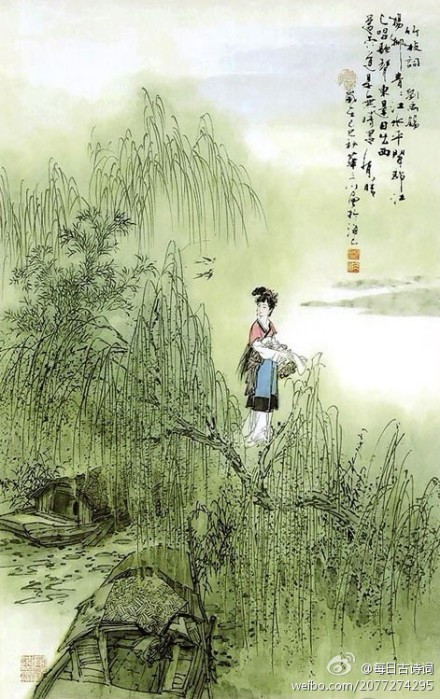
杨柳青青江水平，闻郎江上唱歌声。